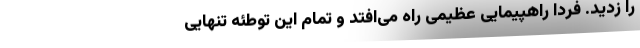
را زدید. فردا راهپیمایی عظیمی راه می‌افتد و تمام این توطئه تنهایی